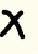
X